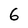
Character: 6